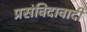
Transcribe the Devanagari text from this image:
प्रसंविदावादी